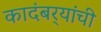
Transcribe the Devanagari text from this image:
कादंबर्‍यांंची